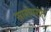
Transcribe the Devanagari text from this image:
स्नानोपरांत